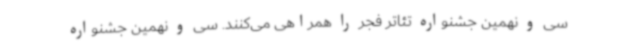
سی و نهمین جشنواره تئاتر فجر را همراهی می‌کنند. سی و نهمین جشنواره